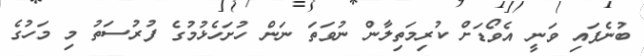
ބުނެފައި ވަނީ އެވޯޑަށް ކުރިމަތިލާން ނުވަތަ ނަން ހުށަހެޅުމުގެ ފުރުސަތު މި މަހުގެ